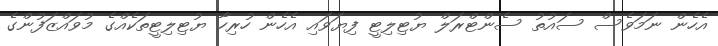
އެހެން ނަމަވެސް ސައުތު ސެންޓްރަލް ޔުޓިލިޓީ ފިޔަވައި އެހެން ހުރިހާ ޔުޓިލިޓީތަކެއްގެ މުވައްޒަފުންގެ